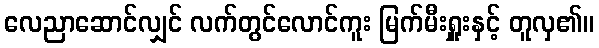
လေညာဆောင်လျှင် လက်တွင်လောင်ကူး မြက်မီးရှူးနှင့် တူလှ၏။